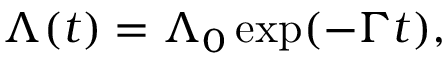
\Lambda ( t ) = \Lambda _ { 0 } \exp ( - \Gamma t ) ,